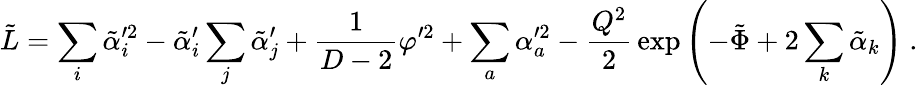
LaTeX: \tilde{L}=\sum_{i}\tilde{\alpha}_{i}^{\prime 2}-\tilde{\alpha}_{i}^{\prime}\sum_{j}\tilde{\alpha}_{j}^{\prime}+{\frac{1}{D-2}}\varphi^{\prime 2}+\sum_{a}\alpha_{a}^{\prime 2}-{\frac{Q^{2}}{2}}\exp\left(-\tilde{\Phi}+2\sum_{k}\tilde{\alpha}_{k}\right)\ .